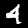
Label: 4